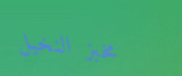
مخبز النخيل